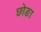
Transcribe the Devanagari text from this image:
छोङा